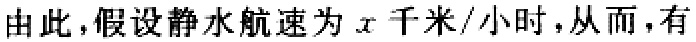
由此，假设静水航速为\(x\)千米/小时，从而，有